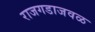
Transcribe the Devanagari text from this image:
राजगडाजवळ